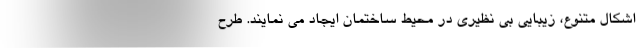
اشکال متنوع، زیبایی بی نظیری در محیط ساختمان ایجاد می نمایند. طرح